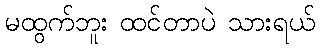
မထွက်ဘူး ထင်တာပဲ သားရယ်